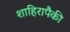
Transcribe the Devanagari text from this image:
शाहिरापैकी